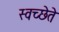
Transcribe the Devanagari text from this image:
स्वच्छेते